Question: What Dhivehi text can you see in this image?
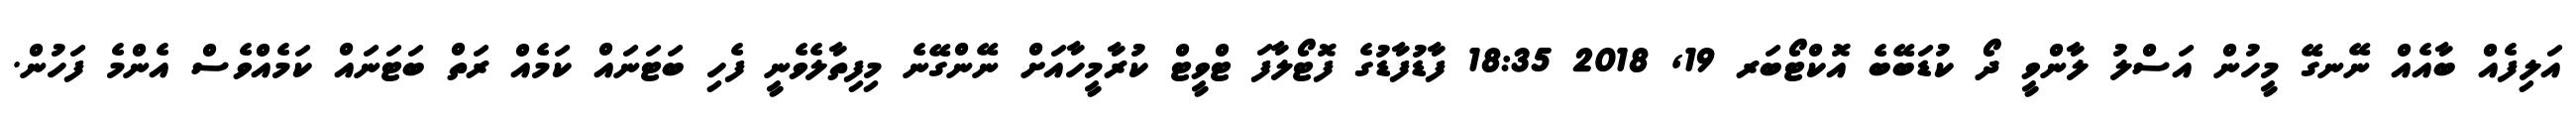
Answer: އަލިފެއް ބާއެއް ނޭނގޭ މީހުން އަސްލު ލާންވީ ދޯ ކުޑަބޭބެ އޮކްޓޯބަރ 19, 2018 18:35 ފާޑުފާޑުގެ ފޮޓޯލާފަ ޓްވީޓް ކުރާމީހާއަށް ނޭންގޭނެ މިފިތާލެވެނީ ފެހި ބަޓަނައް ކަމެއް ރަތް ބަޓަނައް ކަމެއްވެސް އެންމެ ފަހުން.